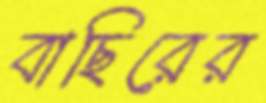
বাছিরের